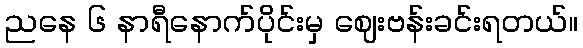
ညနေ ၆ နာရီနောက်ပိုင်းမှ ဈေးဗန်းခင်းရတယ်။